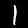
Label: 1